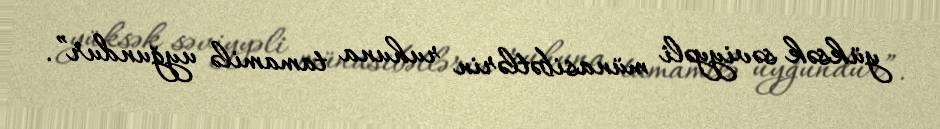
yüksək səviyyəli münasibətlərin ruhuna tamamilə uyğundur”.